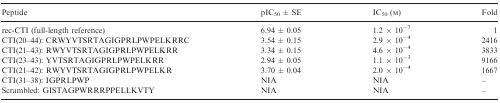
| Peptide | pIC50 ± SE | IC50 (m) | Fold |
 | --- | --- | --- | --- |
 | rec‐CTI (full‐length reference) | 6.94 ± 0.05 | 1.2 × 10−7 | 1 |
 | CTI(20–44): CRWYVTSRTAGIGPRLPWPELKRRC | 3.54 ± 0.15 | 2.9 × 10−4 | 2416 |
 | CTI(21–43): RWYVTSRTAGIGPRLPWPELKRR | 3.34 ± 0.15 | 4.6 × 10−4 | 3833 |
 | CTI(23–43): YVTSRTAGIGPRLPWPELKRR | 2.94 ± 0.05 | 1.1 × 10−3 | 9166 |
 | CTI(21–42): RWYVTSRTAGIGPRLPWPELKR | 3.70 ± 0.04 | 2.0 × 10−4 | 1667 |
 | CTI(31–38): IGPRLPWP | NIA | NIA | – |
 | Scrambled: GISTAGPWRRRPPELLKVTY | NIA | NIA | – |